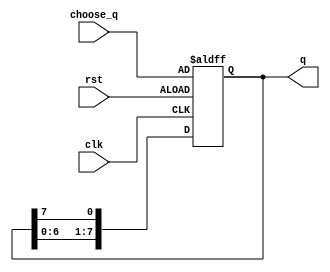
`timescale 1ns / 1ps
//////////////////////////////////////////////////////////////////////////////////
// Company: 
// Engineer: 
// 
// Design Name: 
// Module Name: shifter_f_div
// Project Name: 
// Target Devices: 
// Tool Versions: 
// Description: 
// 
// Dependencies: 
// 
// Revision:
// Revision 0.01 - File Created
// Additional Comments:
// 
//////////////////////////////////////////////////////////////////////////////////


module shifter(
     clk,
     rst,
     choose_q,
     q
    );
    input  clk;
    input  rst;
    input  [7:0] choose_q;
    output reg [7:0] q;
    
    initial
    begin
        q <= 8'b0;
    end
    
    always@( posedge clk or  posedge rst )
    begin
        if(rst)
            q <= choose_q;
        else
        begin
            q[0] <= q[7];
            q[1] <= q[0];
            q[2] <= q[1];
            q[3] <= q[2];
            q[4] <= q[3];
            q[5] <= q[4];
            q[6] <= q[5];
            q[7] <= q[6];
        end
    end
endmodule